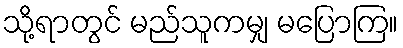
သို့ရာတွင် မည်သူကမျှ မပြောကြ။